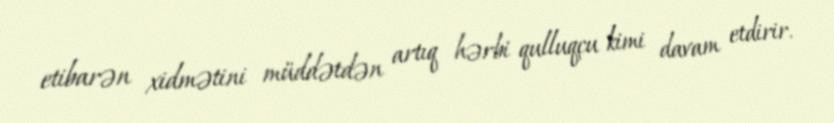
etibarən xidmətini müddətdən artıq hərbi qulluqçu kimi davam etdirir.